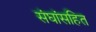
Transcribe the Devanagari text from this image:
संघांसहित